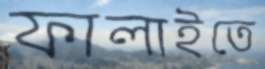
ফালাইতে